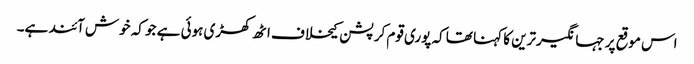
اس موقع پر جہانگیرترین کا کہنا تھا کہ پوری قوم کرپشن کیخلاف اٹھ کھڑی ہوئی ہے جو کہ خوش آئند ہے۔